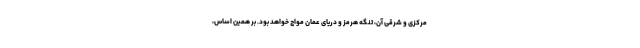
مرکزی و شرقی آن، تنگه هرمز و دریای عمان مواج خواهد بود. بر همین اساس،